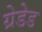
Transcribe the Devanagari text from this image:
ग्रेडेड